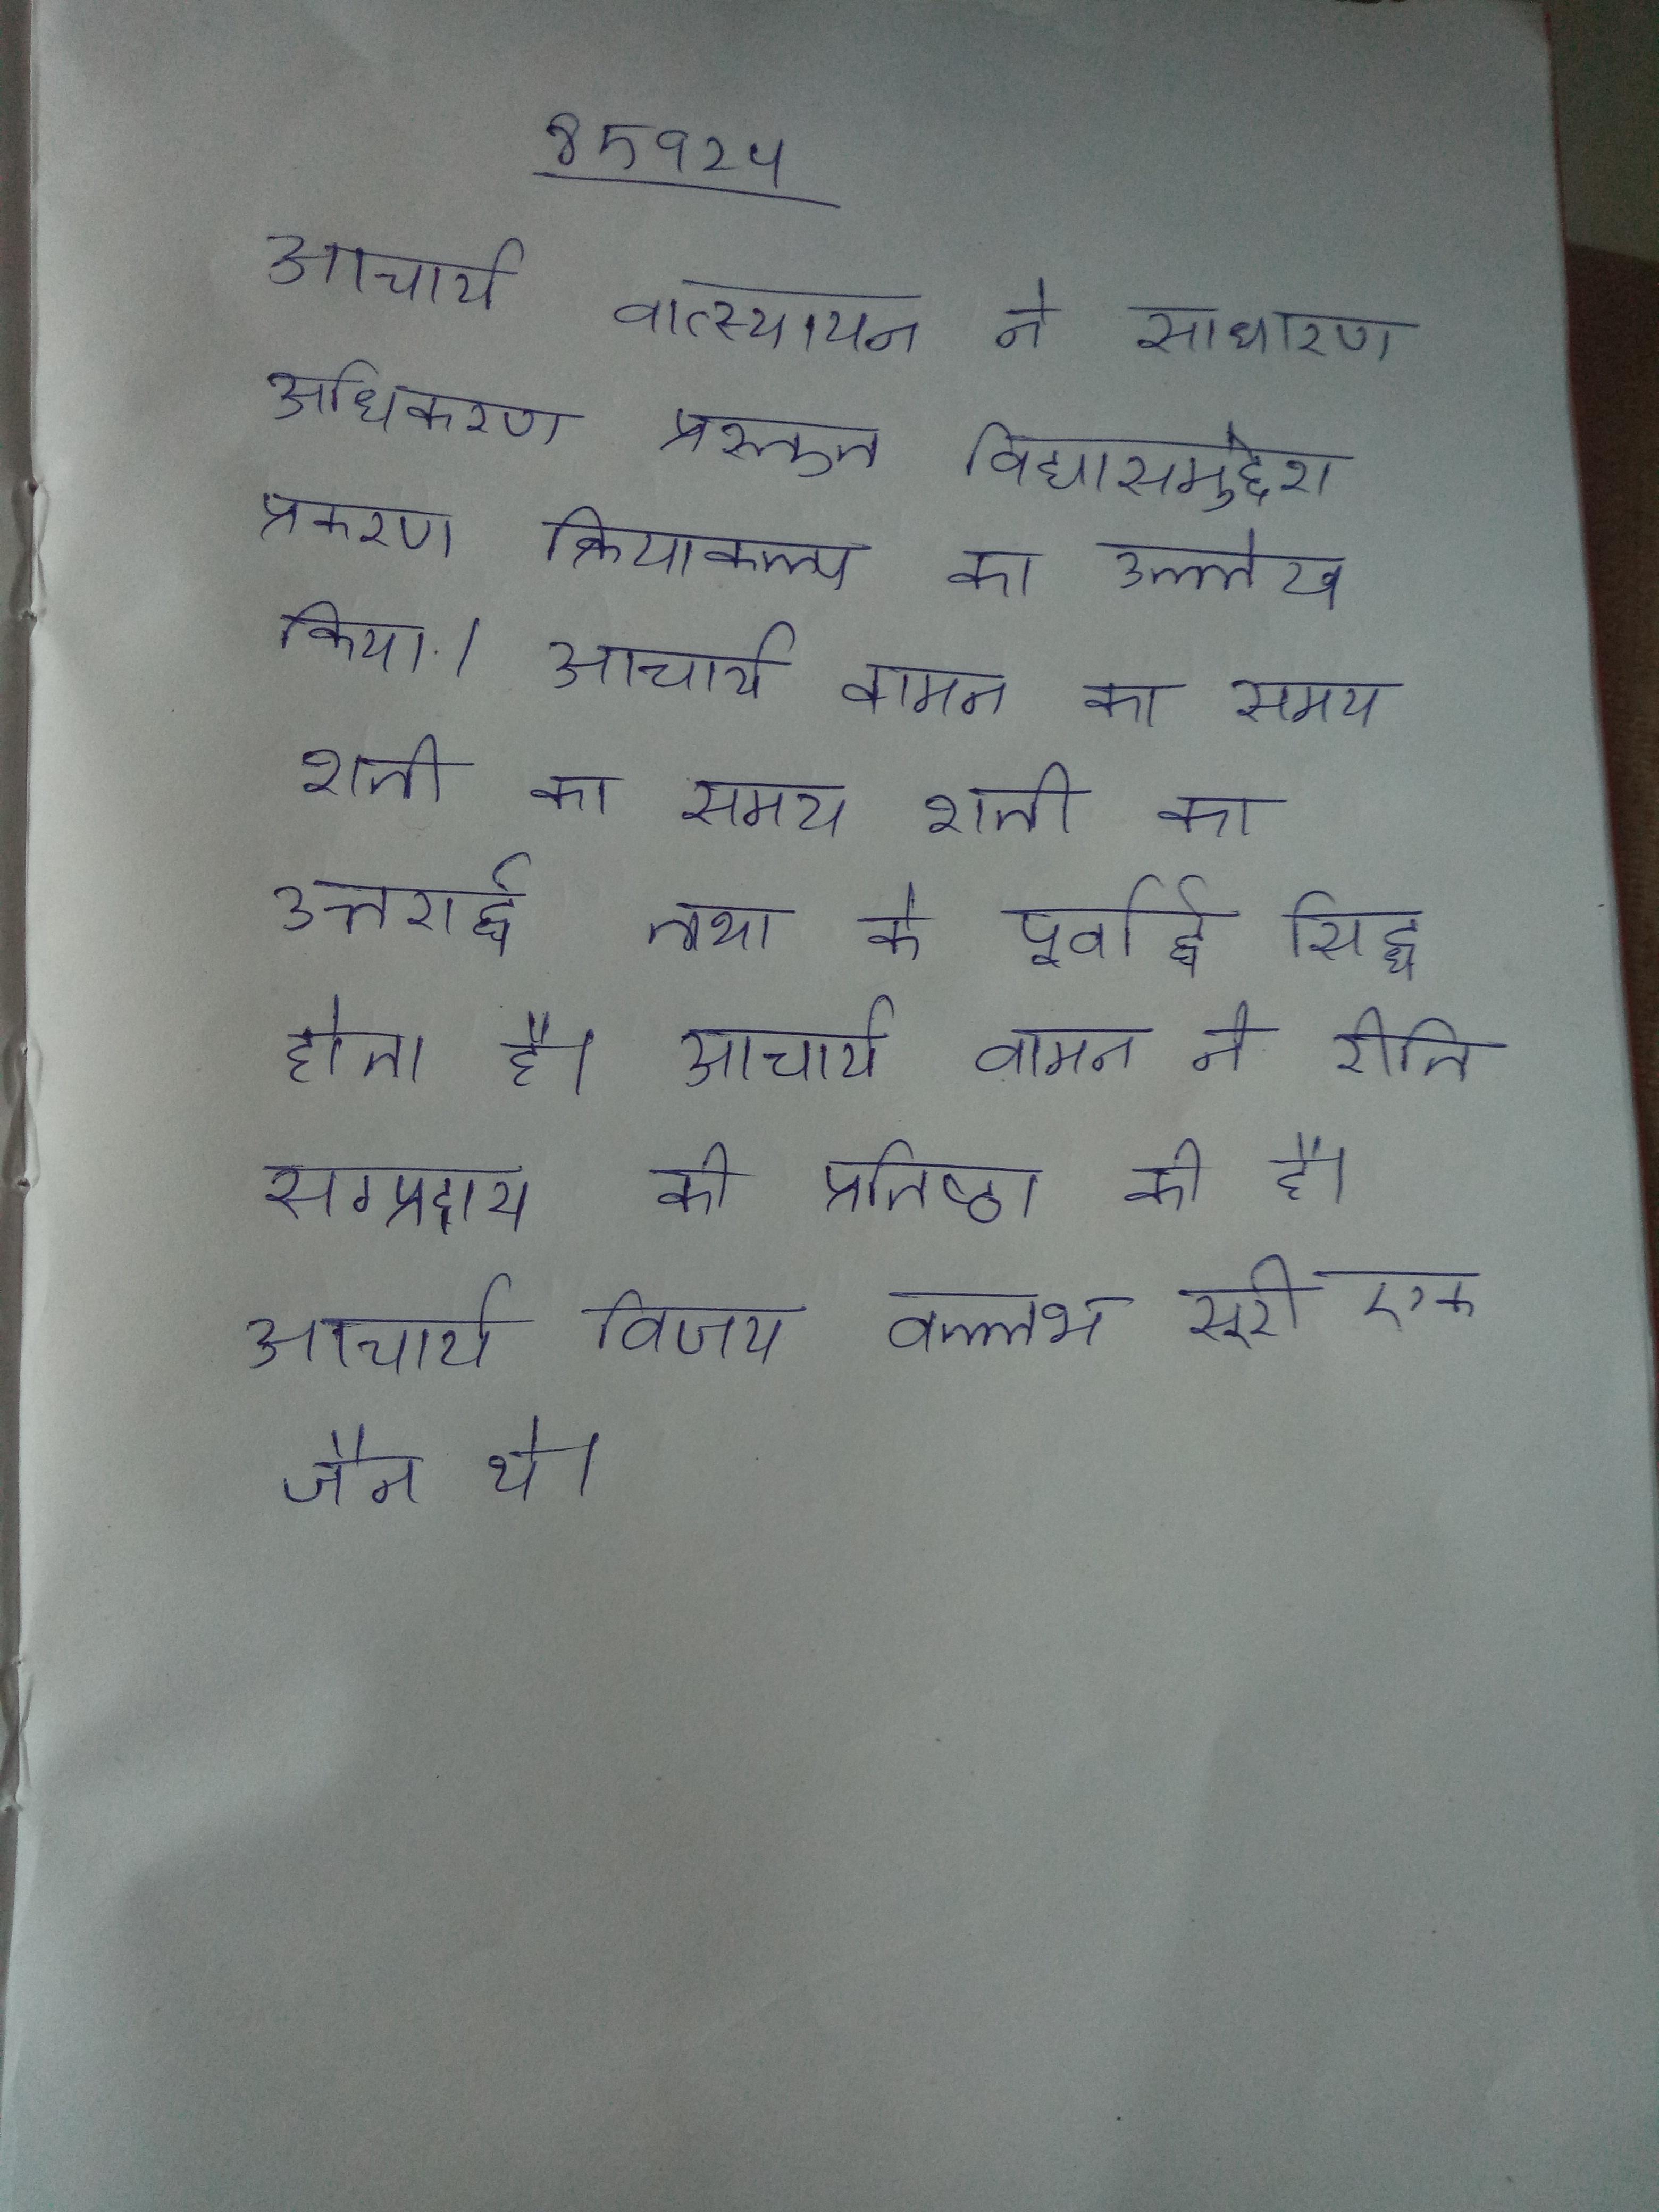
आचार्य वात्स्यायन ने साधारण अधिकरण प्रस्तुत विद्यासमुद्देश प्रकरण क्रियाकल्प का उल्लेख किया । आचार्य वामन का समय शती का उत्तरार्द्ध तथा के पूर्वार्द्ध सिद्ध होता है । आचार्य वामन ने रीति सम्प्रदाय की प्रतिष्ठा की है । आचार्य विजय वल्लभ सूरी एक जैन थे ।